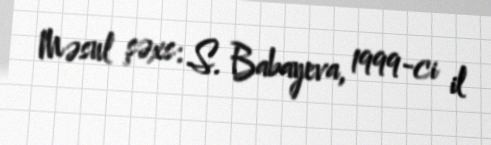
Məsul şəxs: S. Babayeva, 1999-ci il